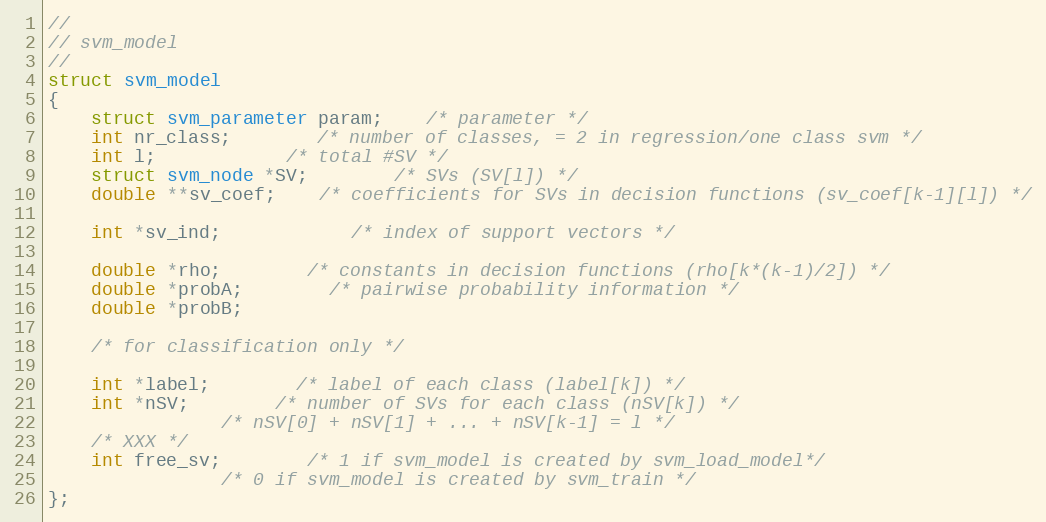
Language: C
//
// svm_model
//
struct svm_model
{
	struct svm_parameter param;	/* parameter */
	int nr_class;		/* number of classes, = 2 in regression/one class svm */
	int l;			/* total #SV */
	struct svm_node *SV;		/* SVs (SV[l]) */
	double **sv_coef;	/* coefficients for SVs in decision functions (sv_coef[k-1][l]) */

	int *sv_ind;            /* index of support vectors */

	double *rho;		/* constants in decision functions (rho[k*(k-1)/2]) */
	double *probA;		/* pairwise probability information */
	double *probB;

	/* for classification only */

	int *label;		/* label of each class (label[k]) */
	int *nSV;		/* number of SVs for each class (nSV[k]) */
				/* nSV[0] + nSV[1] + ... + nSV[k-1] = l */
	/* XXX */
	int free_sv;		/* 1 if svm_model is created by svm_load_model*/
				/* 0 if svm_model is created by svm_train */
};